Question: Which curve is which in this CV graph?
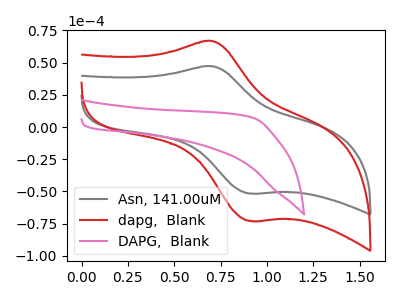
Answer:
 <answer>The gray curve is labeled "Asn, 141.00uM". The red curve is labeled "dapg,  Blank". The pink curve is labeled "DAPG,  Blank".</answer>
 <eval></eval>